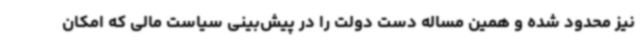
نیز محدود شده و همین مساله دست دولت را در پیش‌بینی سیاست مالی که امکان